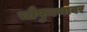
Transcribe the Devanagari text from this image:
चौफुल्यावर